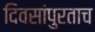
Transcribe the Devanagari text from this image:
दिवसांपुरताच